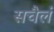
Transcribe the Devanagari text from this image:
सचैलं